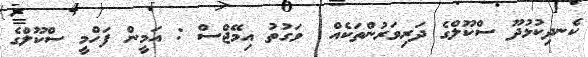
ކެނދިކުޅުދޫ ސްކޫލްގެ ދަރިވަރުންތަކެއް  ވަގުތު އިމޭޖްސް : އަމީން ފަހްމީ ސްކޫލްގެ